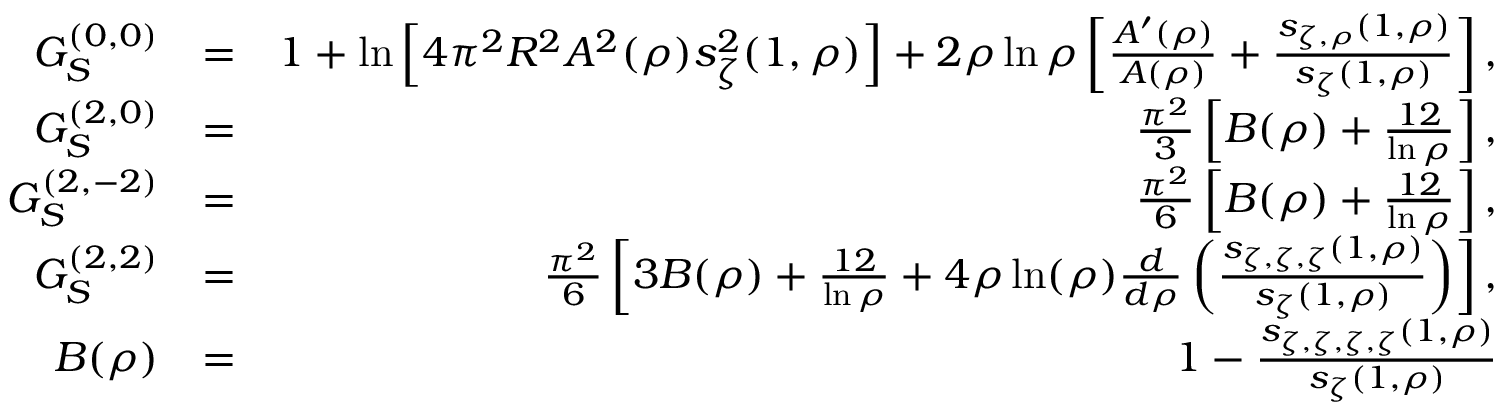
\begin{array} { r l r } { G _ { S } ^ { ( 0 , 0 ) } } & { = } & { 1 + \ln \left[ 4 \pi ^ { 2 } R ^ { 2 } A ^ { 2 } ( \rho ) s _ { \zeta } ^ { 2 } ( 1 , \rho ) \right] + 2 \rho \ln \rho \left[ \frac { A ^ { \prime } ( \rho ) } { A ( \rho ) } + \frac { s _ { \zeta , \rho } ( 1 , \rho ) } { s _ { \zeta } ( 1 , \rho ) } \right] , } \\ { G _ { S } ^ { ( 2 , 0 ) } } & { = } & { \frac { \pi ^ { 2 } } { 3 } \left[ B ( \rho ) + \frac { 1 2 } { \ln \rho } \right] , } \\ { G _ { S } ^ { ( 2 , - 2 ) } } & { = } & { \frac { \pi ^ { 2 } } { 6 } \left[ B ( \rho ) + \frac { 1 2 } { \ln \rho } \right] , } \\ { G _ { S } ^ { ( 2 , 2 ) } } & { = } & { \frac { \pi ^ { 2 } } { 6 } \left[ 3 B ( \rho ) + \frac { 1 2 } { \ln \rho } + 4 \rho \ln ( \rho ) \frac { d } { d \rho } \left( \frac { s _ { \zeta , \zeta , \zeta } ( 1 , \rho ) } { s _ { \zeta } ( 1 , \rho ) } \right) \right] , } \\ { B ( \rho ) } & { = } & { 1 - \frac { s _ { \zeta , \zeta , \zeta , \zeta } ( 1 , \rho ) } { s _ { \zeta } ( 1 , \rho ) } } \end{array}